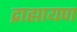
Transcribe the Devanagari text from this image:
द्राह्मायण